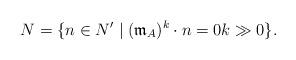
LaTeX: \begin{align*}N = \{n \in N' \mid (\mathfrak{m}_A)^k \cdot n = 0 k \gg 0 \}.\end{align*}